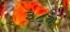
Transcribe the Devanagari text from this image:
३८वें